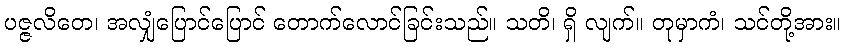
ပဇ္ဇလိတေ၊ အလျှံပြောင်ပြောင် တောက်လောင်ခြင်းသည်။ သတိ၊ ရှိ လျက်။ တုမှာကံ၊ သင်တို့အား။